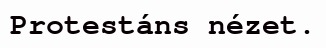
Protestáns nézet.